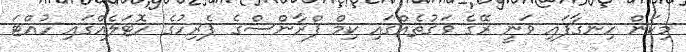
މިކަން ހިނގާފައި ވަނީ ރޭގެ ވަގުތެއްގައި ކިމް ފްރާންސްގެ ޕެރިހުގެ ހޮޓަލެއްގައި ހުއްޓަ